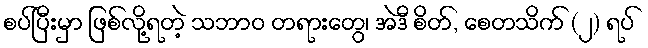
စပ်ပြီးမှာ ဖြစ်လို့ရတဲ့ သဘာဝ တရားတွေ၊ အဲဒီ စိတ်, စေတသိက် (၂) ရပ်